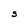
Character: S